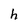
Character: h